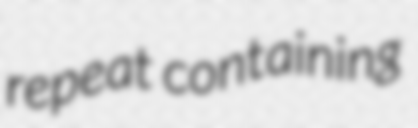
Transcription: repeat containing